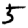
Digit: 5